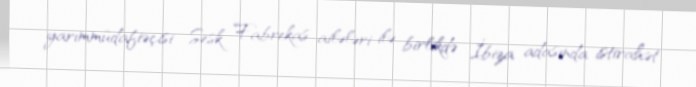
yarımmüdafiəçisi Sesk Fabrekas ailələri ilə birlikdə İbiza adasında istirahət